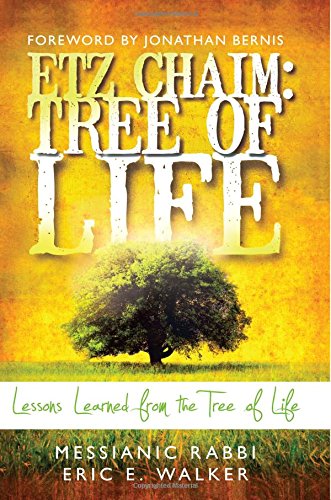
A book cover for Etz Chaim: Tree of Life: Lessons Learned from the Tree of Life; Eric Walker; Christian Books & Bibles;